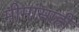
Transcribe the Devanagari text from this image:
मीमांसाही